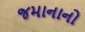
જમાનાનો